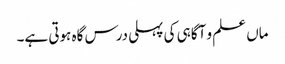
ماں علم و آگاہی کی پہلی درس گاہ ہوتی ہے۔